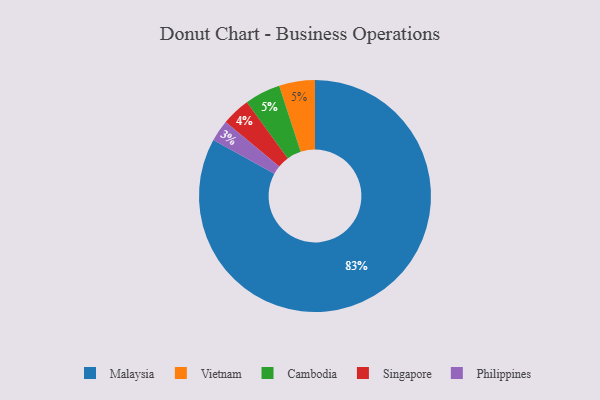
{"axis": {"x": "Category", "y": "Percentage"}, "legend": ["Cambodia", "Malaysia", "Philippines", "Singapore", "Vietnam"], "data": [{"x": "Vietnam", "y": 5, "type": "Vietnam"}, {"x": "Cambodia", "y": 5, "type": "Cambodia"}, {"x": "Philippines", "y": 3, "type": "Philippines"}, {"x": "Singapore", "y": 4, "type": "Singapore"}, {"x": "Malaysia", "y": 83, "type": "Malaysia"}]}